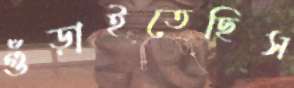
গুঁড়াইতেছিস